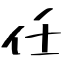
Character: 任